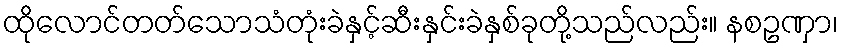
ထိုလောင်တတ်သောသံတုံးခဲနှင့်ဆီးနှင်းခဲနှစ်ခုတို့သည်လည်း။ နစဥဏှာ၊